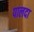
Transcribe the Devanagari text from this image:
पालदा